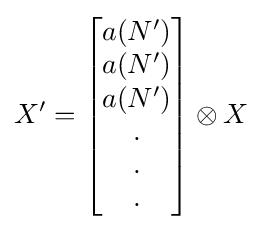
X'={\begin{bmatrix}a(N')\\a(N')\\a(N')\\.\\.\\.\\\end{bmatrix}}\otimes X